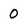
Character: 0